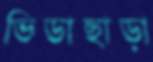
ভিডাছাড়া